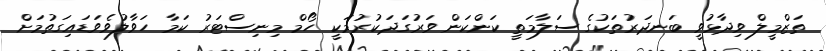
ތަޒްމީލް ވިދާޅުވީ ބަނދަރުތަކުގެ ސަލާމަތީ ކަންކަން ވަރުގަދަކުރުމަކީ ހޯމް މިނިސްޓަރު ކަމާ ހަވާލުވެވަޑައިގަތުމަށް